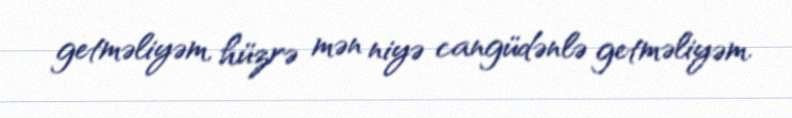
getməliyəm, hüzrə mən niyə cangüdənlə getməliyəm.